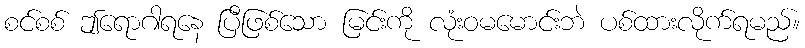
စင်စစ် ဤရောဂါရနေ ပြီဖြစ်သော မြင်းကို လုံးဝမမောင်းဘဲ ပစ်ထားလိုက်ရမည်။